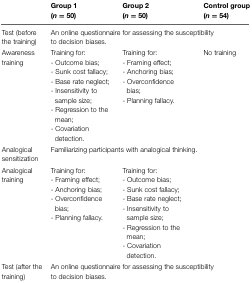
<table><thead><tr><td></td><td><b>Group 1 (<i>n</i> = 50)</b></td><td><b>Group 2 (<i>n</i> = 50)</b></td><td><b>Control group (<i>n</i> = 54)</b></td></tr></thead><tbody><tr><td>Test (before the training)</td><td colspan="3">An online questionnaire for assessing the susceptibility to decision biases.</td></tr><tr><td>Awareness training</td><td>Training for:- Outcome bias;- Sunk cost fallacy;- Base rate neglect;- Insensitivity to sample size;- Regression to the mean;- Covariation detection.</td><td>Training for:- Framing effect;- Anchoring bias;- Overconfidence bias;- Planning fallacy.</td><td>No training</td></tr><tr><td>Analogical sensitization</td><td colspan="2">Familiarizing participants with analogical thinking.</td><td></td></tr><tr><td>Analogical training</td><td>Training for:- Framing effect;- Anchoring bias;- Overconfidence bias;- Planning fallacy.</td><td>Training for:- Outcome bias;- Sunk cost fallacy;- Base rate neglect;- Insensitivity to sample size;- Regression to the mean;- Covariation detection.</td><td></td></tr><tr><td>Test (after the training)</td><td colspan="3">An online questionnaire for assessing the susceptibility to decision biases.</td></tr></tbody></table>